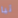
تيا